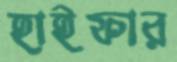
হাইফার